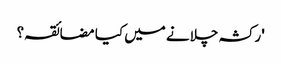
'رکشہ چلانے میں کیا مضائقہ؟